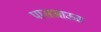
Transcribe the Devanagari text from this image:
पासआऊट